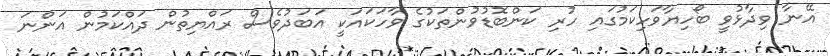
އޭނާ ވިދާޅުވީ ބޯހިޔާވަހިކަމުގައި ހުރި ކަންބޮޑުވުންތަކުގެ ވާހަކައަކީ އަބަދުވެސް ރައްޔިތުން ދައްކަމުން އަންނަ